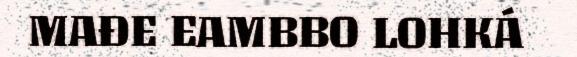
MAĐE EAMBBO LOHKÁ